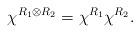
LaTeX: \begin{align*}\chi^{R_1\otimes R_2} = \chi^{R_1} \chi^{R_2}.\end{align*}